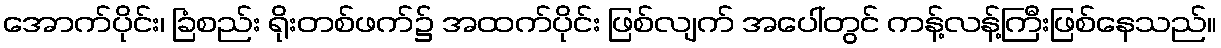
အောက်ပိုင်း၊ ခြံစည်း ရိုးတစ်ဖက်၌ အထက်ပိုင်း ဖြစ်လျက် အပေါ်တွင် ကန့်လန့်ကြီးဖြစ်နေသည်။